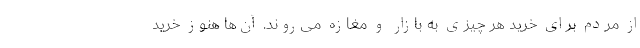
از مردم برای خرید هر چیزی به بازار و مغازه می‌روند. آن‌ها هنوز خرید